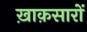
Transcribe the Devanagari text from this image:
ख़ाक़सारों